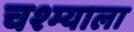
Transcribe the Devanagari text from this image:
चश्म्याला